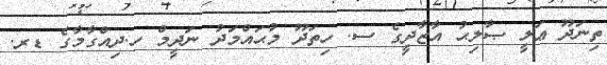
ތިނަދޫ ޢަލީ ޞާލިޙު އާޒާދީގެ ސ. ހިތަދޫ މުޙައްމަދު ނަދީމް ހ.ދިއްގާމާގެ ޑރ.